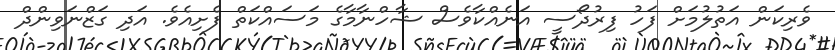
ވެރިކަން އަތުލުމަށް ފަހު ފިރުދޯސީ އަނެއްކާވެސް ޝާހްނާމާގެ މަސައްކަތް ފެށިއެވެ. އަދި ގަޒްނަވިންދް